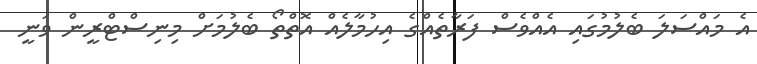
އެ މައްސަލަ ބެލުމުގައި އެއްވެސް ފަރާތެއްގެ އިހުމާލެއް އޮތްތޯ ބެލުމަށް މިނިސްޓްރީން ވަނީ